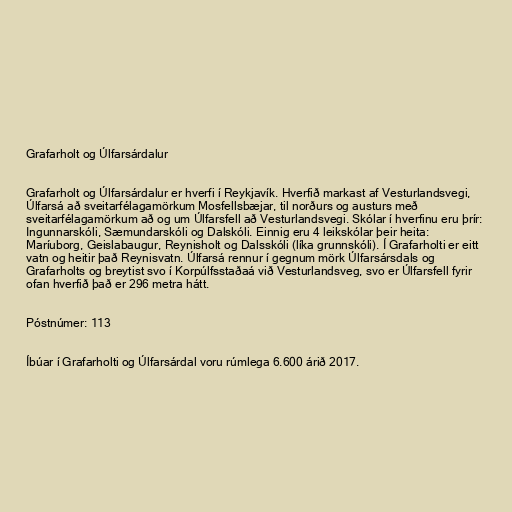
Grafarholt og Úlfarsárdalur

Grafarholt og Úlfarsárdalur er hverfi í Reykjavík. Hverfið markast af Vesturlandsvegi,
Úlfarsá að sveitarfélagamörkum Mosfellsbæjar, til norðurs og austurs með
sveitarfélagamörkum að og um Úlfarsfell að Vesturlandsvegi. Skólar í hverfinu eru þrír:
Ingunnarskóli, Sæmundarskóli og Dalskóli. Einnig eru 4 leikskólar þeir heita:
Maríuborg, Geislabaugur, Reynisholt og Dalsskóli (líka grunnskóli). Í Grafarholti er eitt
vatn og heitir það Reynisvatn. Úlfarsá rennur í gegnum mörk Úlfarsársdals og
Grafarholts og breytist svo í Korpúlfsstaðaá við Vesturlandsveg, svo er Úlfarsfell fyrir
ofan hverfið það er 296 metra hátt.

Póstnúmer: 113

Íbúar í Grafarholti og Úlfarsárdal voru rúmlega 6.600 árið 2017.